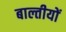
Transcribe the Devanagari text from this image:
बाल्तीयों